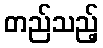
တည်သည့်